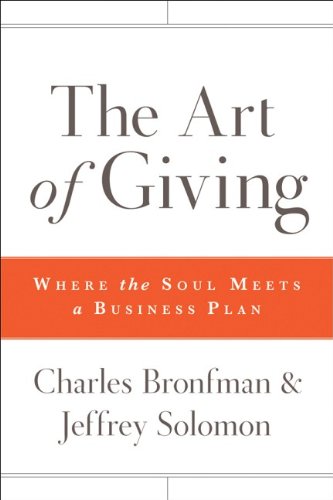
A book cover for The Art of Giving: Where the Soul Meets a Business Plan; Charles Bronfman; Politics & Social Sciences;